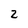
Character: 2